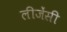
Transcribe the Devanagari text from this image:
लीजेंसी